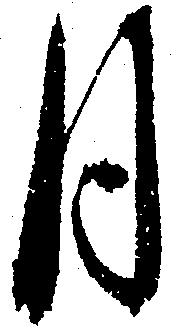
月